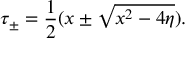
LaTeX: \tau _ { \pm } = { \frac { 1 } { 2 } } ( x \pm \sqrt { x ^ { 2 } - 4 \eta } ) .